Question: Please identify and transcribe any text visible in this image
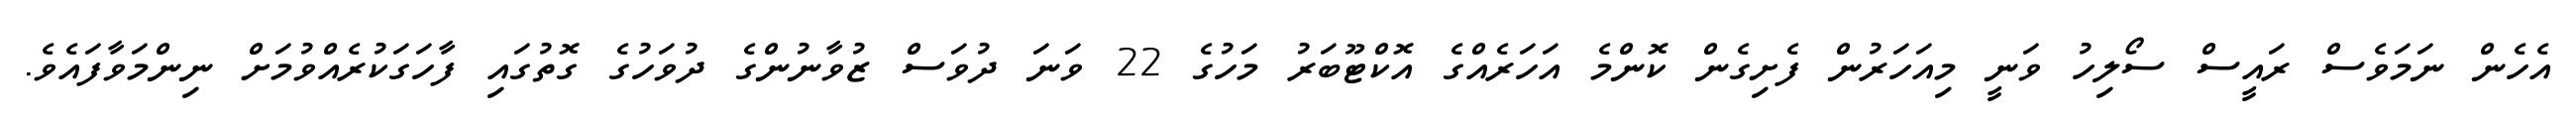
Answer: އެހެން ނަމަވެސް ރައީސް ސޯލިހު ވަނީ މިއަހަރުން ފެށިގެން ކޮންމެ އަހަރެއްގެ އޮކްޓޫބަރު މަހުގެ 22 ވަނަ ދުވަސް ޒުވާނުންގެ ދުވަހުގެ ގޮތުގައި ފާހަގަކުރެއްވުމަށް ނިންމަވާފައެވެ.